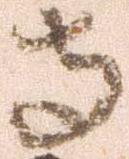
寺